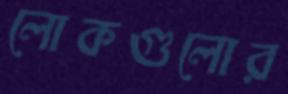
লোকগুলোর